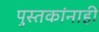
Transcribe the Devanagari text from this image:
पुस्तकांनाही